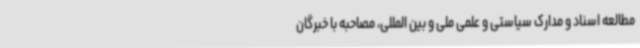
مطالعه اسناد و مدارک سیاستی و علمی ملی و بین المللی، مصاحبه با خبرگان